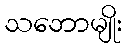
သဘောမျိုး